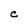
Character: C